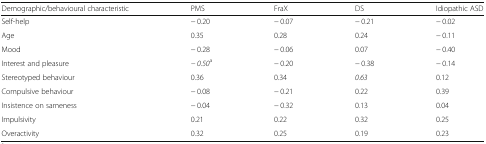
| Demographic/behavioural characteristic | PMS | FraX | DS | Idiopathic ASD |
 | --- | --- | --- | --- | --- |
 | Self-help | − 0.20 | − 0.07 | − 0.21 | − 0.02 |
 | Age | 0.35 | 0.28 | 0.24 | − 0.11 |
 | Mood | − 0.28 | − 0.06 | 0.07 | − 0.40 |
 | Interest and pleasure | − 0.50a | − 0.20 | − 0.38 | − 0.14 |
 | Stereotyped behaviour | 0.36 | 0.34 | 0.63 | 0.12 |
 | Compulsive behaviour | − 0.08 | − 0.21 | 0.22 | 0.39 |
 | Insistence on sameness | − 0.04 | − 0.32 | 0.13 | 0.04 |
 | Impulsivity | 0.21 | 0.22 | 0.32 | 0.25 |
 | Overactivity | 0.32 | 0.25 | 0.19 | 0.23 |